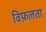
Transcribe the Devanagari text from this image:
विफ़लता